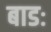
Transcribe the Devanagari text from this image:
बाडः